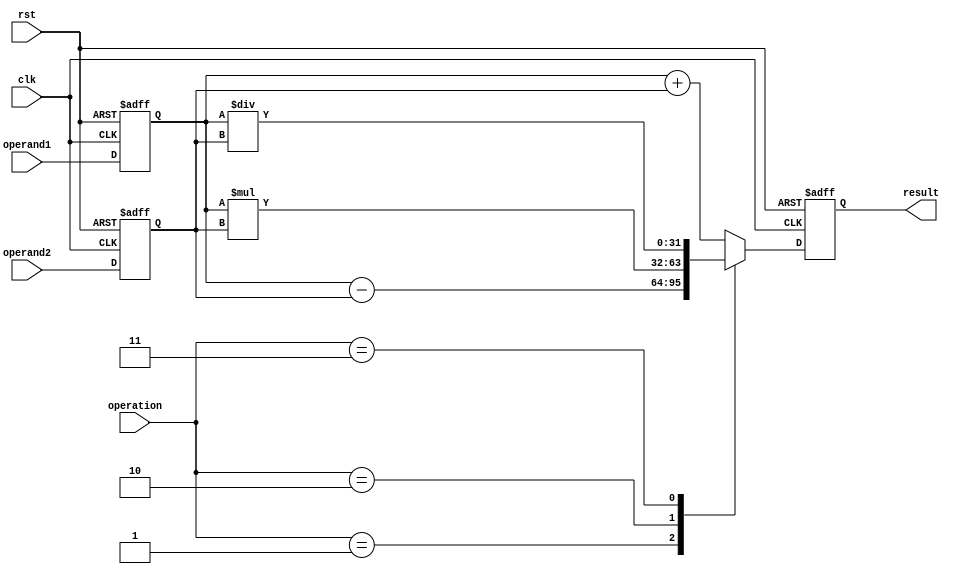
module ArithmeticBlocksMixedPrecisionFloatingPointUnit(
    input wire clk,
    input wire rst,
    input wire [7:0] operation,
    input wire [31:0] operand1,
    input wire [31:0] operand2,
    output wire [31:0] result
);

    // define registers for storing input operands and result values
    reg [31:0] reg_operand1;
    reg [31:0] reg_operand2;
    reg [31:0] reg_result;

    // control logic for managing the flow of data between arithmetic blocks
    always @(posedge clk or posedge rst) begin
        if (rst) begin
            reg_operand1 <= 0;
            reg_operand2 <= 0;
            reg_result <= 0;
        end else begin
            reg_operand1 <= operand1;
            reg_operand2 <= operand2;

            case(operation)
                0: reg_result <= reg_operand1 + reg_operand2; // addition
                1: reg_result <= reg_operand1 - reg_operand2; // subtraction
                2: reg_result <= reg_operand1 * reg_operand2; // multiplication
                3: reg_result <= reg_operand1 / reg_operand2; // division
                default: reg_result <= reg_operand1 + reg_operand2; // default to addition
            endcase
        end
    end

    assign result = reg_result;

endmodule